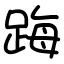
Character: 踇